system: You are a helpful assistant.
user:
Analyze the provided spectrum to determine if it is a **White Dwarf (WD)**.

A White Dwarf spectrum is defined by its **extreme purity** (due to gravitational settling) and/or **extreme pressure broadening** (due to high surface gravity). You must check for one of the following mutually exclusive signatures:

- **Key Visual Indicators (Check for ONE of these types):**

    - **1. DA-Type Signature (Most Common):**
        - **(Primary Feature):** Extreme pressure broadening (Stark broadening) of the **Hydrogen (H) Balmer lines**.
        - **(Key Lines):** $H\beta$ (approx. $4861$ Å) and $H\gamma$ (approx. $4340$ Å). $H\alpha$ (approx. $6563$ Å) will also be present if the wavelength range covers it.
        - **(Line Profile):** This is the **defining feature**. The lines are **NOT** sharp. They appear as massive, **extremely broad and deep "troughs" or "dips"** in the spectrum, often hundreds of Ångströms wide. The continuum will appear to "scoop" down at these wavelengths.
        - **(Distinction):** Normal A-type or B-type stars have *narrow* and *sharp* Hydrogen lines. A DA White Dwarf's lines are unmistakably "smeared" or "blurry" from pressure.

    - **2. DB-Type Signature:**
        - **(Primary Feature):** Broad absorption lines from **Neutral Helium (He I)**. The spectrum must lack any visible Hydrogen lines.
        - **(Key Lines):** Look for broad absorption near $4471$ Å, $4921$ Å, and $5876$ Å.
        - **(Line Profile):** These lines are also significantly pressure-broadened, appearing much wider than they would in a normal B-type main-sequence star.

    - **3. DC-Type Signature:**
        - **(Primary Feature):** A **featureless continuous spectrum**.
        - **(Line Profile):** The spectrum is a smooth curve with **no significant absorption or emission lines**.
        - **(Key Confirmation):** The continuum is almost always **blue or white**, indicating a hot object. This signature implies the atmosphere is so pure (or so cool) that no spectral lines are visible in the optical range. Its WD identity is confirmed by its extremely low intrinsic brightness (high absolute magnitude).

    - **4. DZ-Type Signature (Metal-Polluted):**
        - **(Primary Feature):** **Isolated, narrow metal absorption lines** on an otherwise featureless (DC-like) continuum.
        - **(Key Lines):** The **Calcium (Ca II) H & K doublet** (approx. **$3934$ Å** and **$3968$ Å**) is the most common and defining feature.
        - **(Line Profile):** These lines are "out of place." They are *not* part of a "forest" of thousands of lines. This signature is evidence of recent *accretion* (pollution) from rocky debris.
        - **(Distinction):** Normal G/K/M stars have a *dense forest* of thousands of metal lines. A DZ has a *clean* continuum with *only a few* strong metal lines.

    - **5. DQ-Type Signature (Carbon-Polluted):**
        - **(Primary Feature):** Absorption bands from **Carbon (C₂ "Swan Bands" or atomic C I)**.
        - **(Key Lines - C₂):** Look for bandheads with a "saw-tooth" shape near $5635$ Å, **$5165$ Å** (strongest), and $4737$ Å.
        - **(Key Confirmation):** The underlying **continuum must be blue or white** (hot).
        - **(Distinction):** This is the critical difference from a **Carbon Star**, which has the *exact same* C₂ bands but on an extremely **red, cool** continuum.

- **(Overall Spectrum):**
    - The continuum (overall shape) is typically **blue-sloping** (brighter in the blue than the red), as most white dwarfs are very hot.
    - The spectrum will look "pure" or "simple," dominated by only *one* of the five signatures listed above.

Think first, call **spectral_visualization_tool** if needed to examine features in detail, then provide your final answer. Your response must adhere to the following strict rules:
1.  **Overall Structure:** Your response must follow the format `<think>...</think> <tool_call>...</tool_call> (if a tool is used) <answer>...</answer>`.
2.  **Tool Usage Constraint:** You may only make **one** tool call per turn.
3.  **Final Answer Format:** In the `<answer>` tag, your conclusion must be inside a `\boxed{}` command (e.g., `\boxed{YES}` or `\boxed{NO}`), followed by your justification.

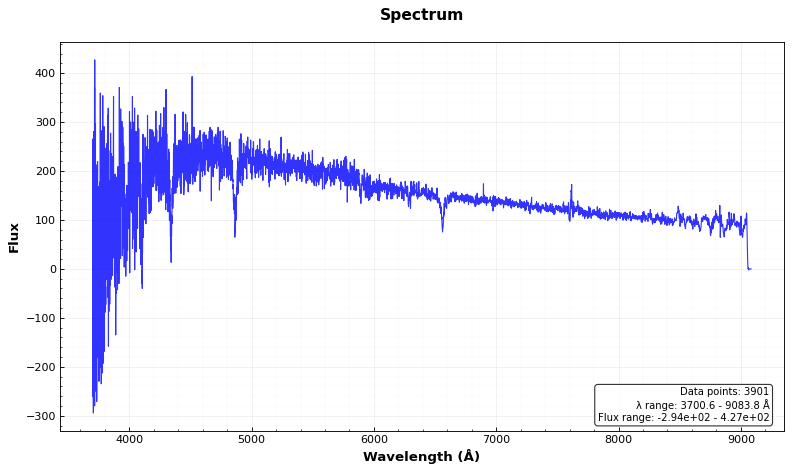
Answer: YES